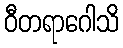
ဝီတရာဂေါသိ